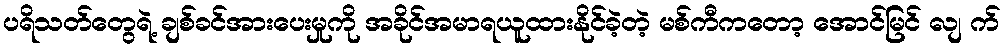
ပရိသတ်တွေရဲ့ ချစ်ခင်အားပေးမှုကို အခိုင်အမာရယူထားနိုင်ခဲ့တဲ့ မစ်ကီကတော့ အောင်မြင် လျ က်